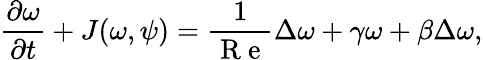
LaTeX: \frac{\partial\omega}{\partial t}+J(\omega,\psi)=\frac{1}{\mathrm{~R~e~}}\Delta\omega+\gamma\omega+\beta\Delta\omega,